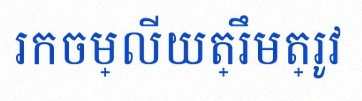
រកចម្លើយត្រឹមត្រូវ